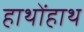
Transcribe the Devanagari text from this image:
हाथोंहाथ